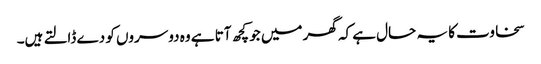
سخاوت کا یہ حال ہے کہ گھر میں جو کچھ آتا ہے وہ دوسروں کو دے ڈالتے ہیں۔